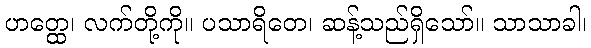
ဟတ္ထေ၊ လက်တို့ကို။ ပသာရိတေ၊ ဆန့်သည်ရှိသော်။ သာသာခါ၊